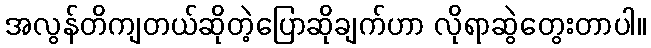
အလွန်တိကျတယ်ဆိုတဲ့ပြောဆိုချက်ဟာ လိုရာဆွဲတွေးတာပါ။